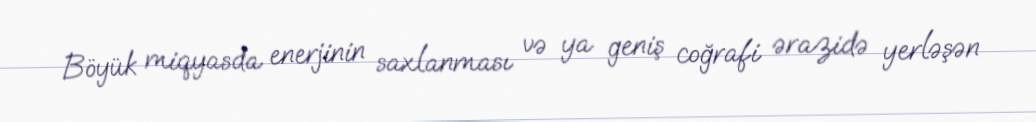
Böyük miqyasda enerjinin saxlanması və ya geniş coğrafi ərazidə yerləşən